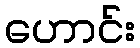
ဟောင်း